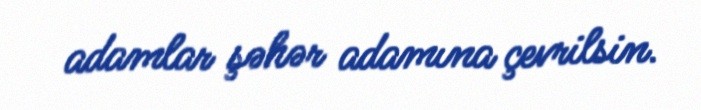
adamlar şəhər adamına çevrilsin.